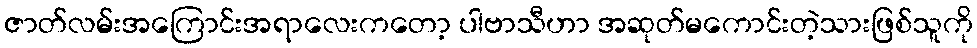
ဇာတ်လမ်းအကြောင်းအရာလေးကတော့ ပါဗာသီဟာ အဆုတ်မကောင်းတဲ့သားဖြစ်သူကို